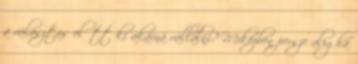
a választás előtt ki akarná vállalni? Miközben persze aligha